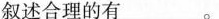
叙述合理的有___。